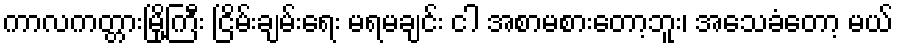
ကာလကတ္တားမြို့ကြီး ငြိမ်းချမ်းရေး မရမချင်း ငါ အစာမစားတော့ဘူး၊ အသေခံတော့ မယ်